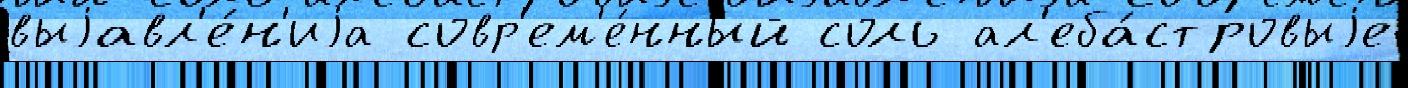
выjавл'е́н'иjа совр'ем'е́нный соль ал'еба́стровыjе